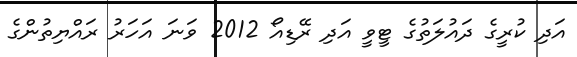
އަދި ކުރީގެ ދައުލަތުގެ ޓީވީ އަދި ރޭޑިއޯ 2012 ވަނަ އަހަރު ރައްޔިތުންގެ